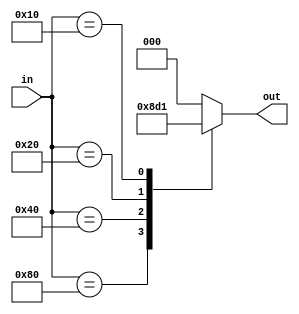
module priority_encoder (
    input [7:0] in,
    output reg [2:0] out
);

always @(*) begin
    case(in)
        8'b10000000 : out = 3'b100; // Highest priority bit is the 8th bit
        8'b01000000 : out = 3'b011; // Highest priority bit is the 7th bit
        8'b00100000 : out = 3'b010; // Highest priority bit is the 6th bit
        8'b00010000 : out = 3'b001; // Highest priority bit is the 5th bit
        8'b00001000 : out = 3'b000; // Highest priority bit is the 4th bit
        8'b00000100 : out = 3'b000; // Highest priority bit is the 3rd bit
        8'b00000010 : out = 3'b000; // Highest priority bit is the 2nd bit
        8'b00000001 : out = 3'b000; // Highest priority bit is the 1st bit
        default: out = 3'b000; // No bits are set
    endcase
end

endmodule